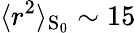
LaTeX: \langle r^{2}\rangle_{\mathrm{S}_{0}}\sim 15